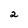
Character: 2